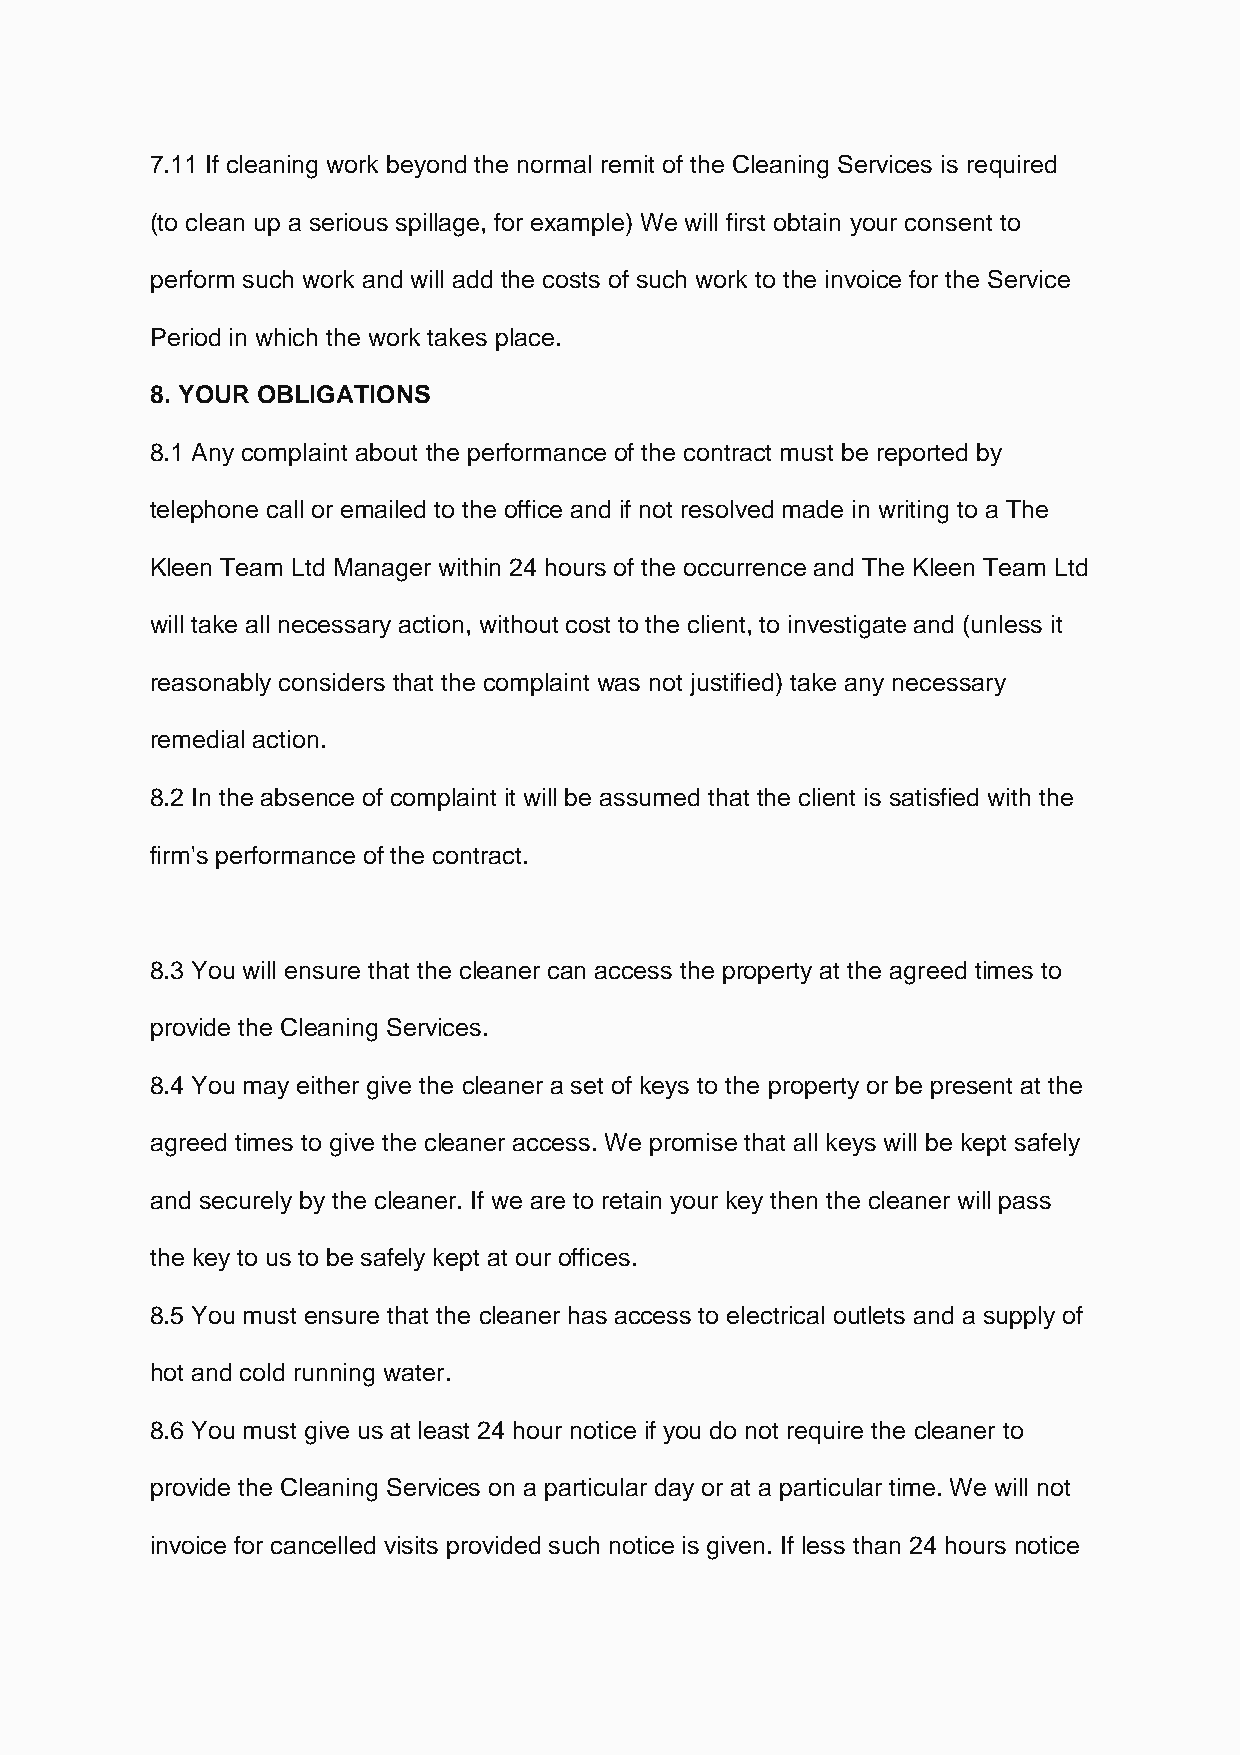
7.11 If cleaning work beyond the normal remit of the Cleaning Services is required
 (to clean up a serious spillage, for example) We will first obtain your consent to
 perform such work and will add the costs of such work to the invoice for the Service
 Period in which the work takes place.
 8. YOUR OBLIGATIONS
 8.1 Any complaint about the performance of the contract must be reported by
 telephone call or emailed to the office and if not resolved made in writing to a The
 Kleen Team Ltd Manager within 24 hours of the occurrence and The Kleen Team Ltd
 will take all necessary action, without cost to the client, to investigate and (unless it
 reasonably considers that the complaint was not justified) take any necessary
 remedial action.
 8.2 In the absence of complaint it will be assumed that the client is satisfied with the
 firm's performance of the contract.
 8.3 You will ensure that the cleaner can access the property at the agreed times to
 provide the Cleaning Services.
 8.4 You may either give the cleaner a set of keys to the property or be present at the
 agreed times to give the cleaner access. We promise that all keys will be kept safely
 and securely by the cleaner. If we are to retain your key then the cleaner will pass
 the key to us to be safely kept at our offices.
 8.5 You must ensure that the cleaner has access to electrical outlets and a supply of
 hot and cold running water.
 8.6 You must give us at least 24 hour notice if you do not require the cleaner to
 provide the Cleaning Services on a particular day or at a particular time. We will not
 invoice for cancelled visits provided such notice is given. If less than 24 hours notice